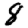
Digit: 8